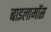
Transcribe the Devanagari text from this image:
बाइलामॉस